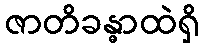
ဇာတိခန္ဓာထဲရှိ